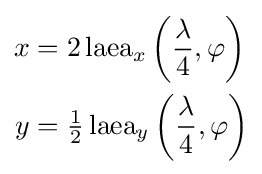
{\begin{aligned}x&=2\operatorname {laea} _{x}\left({\frac {\lambda }{4}},\varphi \right)\\y&={\tfrac {1}{2}}\operatorname {laea} _{y}\left({\frac {\lambda }{4}},\varphi \right)\end{aligned}}